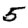
Digit: 5